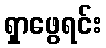
ရှာဖွေရင်း